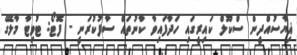
ޣިޔާސުއްދީން ސްކޫލް ކައިރީގައި ހަދާފައިވާ ކާނުތައް ސާފުކުރަނީ - ފޮޓޯ: ޓުވިޓާ މާލޭގެ